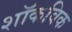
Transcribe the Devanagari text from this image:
शॉकविक